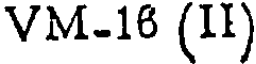
VM-16 (II)